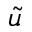
\tilde { u }